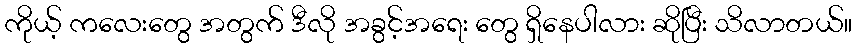
ကိုယ့် ကလေးတွေ အတွက် ဒီလို အခွင့်အရေး တွေ ရှိနေပါလား ဆိုပြီး သိလာတယ်။